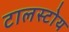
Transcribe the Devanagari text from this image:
टालस्टोय